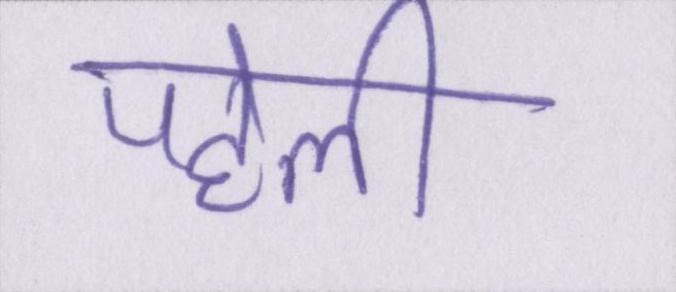
पहेली